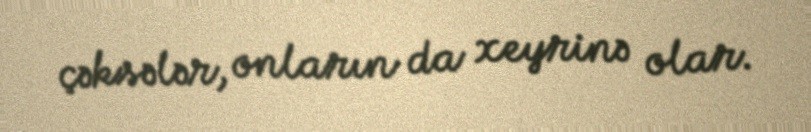
çəksələr, onların da xeyrinə olar.